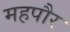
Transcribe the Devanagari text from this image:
महपौर